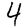
Digit: 4